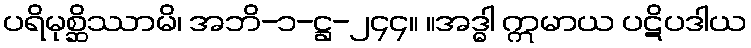
ပရိမုစ္ဆိဿာမိ၊ အဘိ-၁-ဋ္ဌ-၂၄၄။ ။အဒ္ဓါ ဣမာယ ပဋိပဒါယ